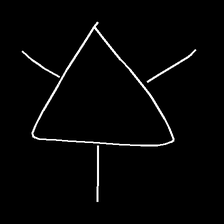
Glyph: fire